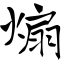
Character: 煽